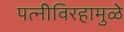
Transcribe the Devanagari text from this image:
पत्‍नीविरहामुळे